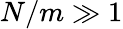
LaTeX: N/m\gg 1